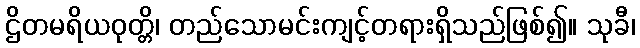
ဌိတမရိယဝုတ္တိ၊ တည်သောမင်းကျင့်တရားရှိသည်ဖြစ်၍။ သုခီ၊